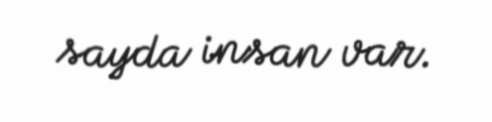
sayda insan var.